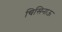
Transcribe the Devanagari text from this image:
चिसिनाऊ